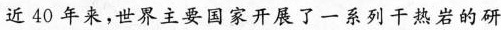
近40年来，世界主要国家开展了一系列干热岩的研